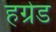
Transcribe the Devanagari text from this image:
हग्रेड